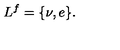
L ^ { f } = \{ \nu , e \} .